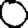
Digit: 0